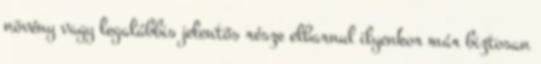
növény vagy legalábbis jelentős része elbarnul ilyenkor már biztosan